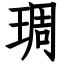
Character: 琱